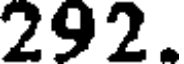
292.